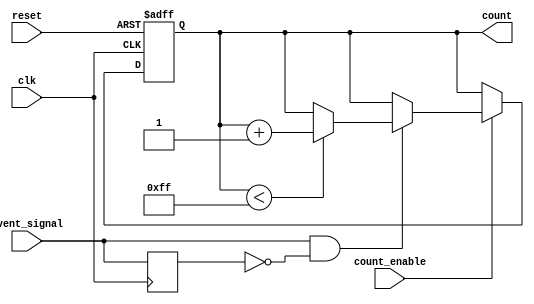
module EventTriggeredCounter #(
    parameter BIT_WIDTH = 8,       // Define the bit width for the counter
    parameter COUNT_MODE = 0       // 0: Rising Edge, 1: Falling Edge, 2: Level Sensitive
)(
    input wire clk,                // Clock signal
    input wire reset,              // Asynchronous reset signal
    input wire count_enable,       // Count enable signal
    input wire event_signal,       // Input event signal
    output reg [BIT_WIDTH-1:0] count // Output count value
);

    // Internal signal for edge detection
    reg event_signal_d; // Delayed version of the event signal

    // Edge detection logic
    wire event_detected;
    generate
        if (COUNT_MODE == 0) begin // Rising Edge
            assign event_detected = event_signal & ~event_signal_d;
        end else if (COUNT_MODE == 1) begin // Falling Edge
            assign event_detected = ~event_signal & event_signal_d;
        end else begin // Level Sensitive
            assign event_detected = event_signal;
        end
    endgenerate

    // Always block for counter logic
    always @(posedge clk or posedge reset) begin
        if (reset) begin
            count <= 0; // Reset count to zero
        end else if (count_enable) begin
            if (event_detected) begin
                if (count < (1 << BIT_WIDTH) - 1) begin // Check for overflow
                    count <= count + 1; // Increment count
                end
            end
        end
    end

    // Always block to capture the delayed event signal
    always @(posedge clk) begin
        event_signal_d <= event_signal; // Store the current event signal for edge detection
    end

endmodule